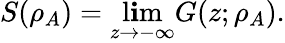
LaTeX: S(\rho_{A})=\operatorname*{l\mathbf{i}m}_{z\to-\infty}G(z;\rho_{A}).